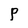
Character: P